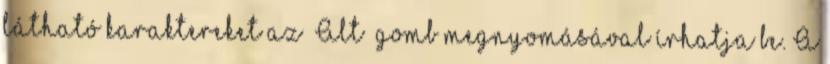
látható karaktereket az Alt gomb megnyomásával írhatja be. A